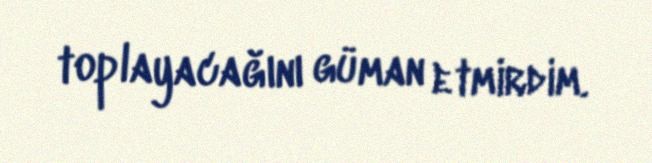
toplayacağını güman etmirdim.